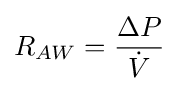
R_{AW}={\frac {{\Delta }P}{\dot {V}}}